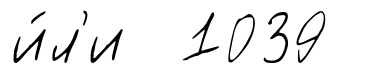
и́л'и 1039